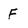
Character: F